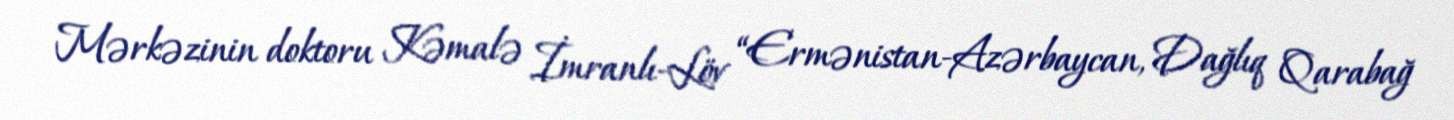
Mərkəzinin doktoru Kəmalə İmranlı-Löv “Ermənistan-Azərbaycan, Dağlıq Qarabağ